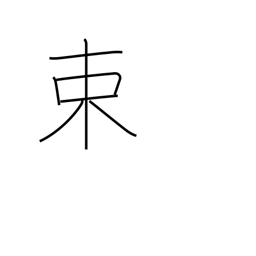
Meaning: tie in bundles